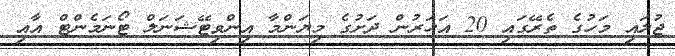
ޖުލައި މަހުގެ ތެރޭގައި 20 އަހަރުން ދަށުގެ މިޔަންމާ އިންވިޓޭޝަނަލް ޓޯނަމެންޓް އާއި